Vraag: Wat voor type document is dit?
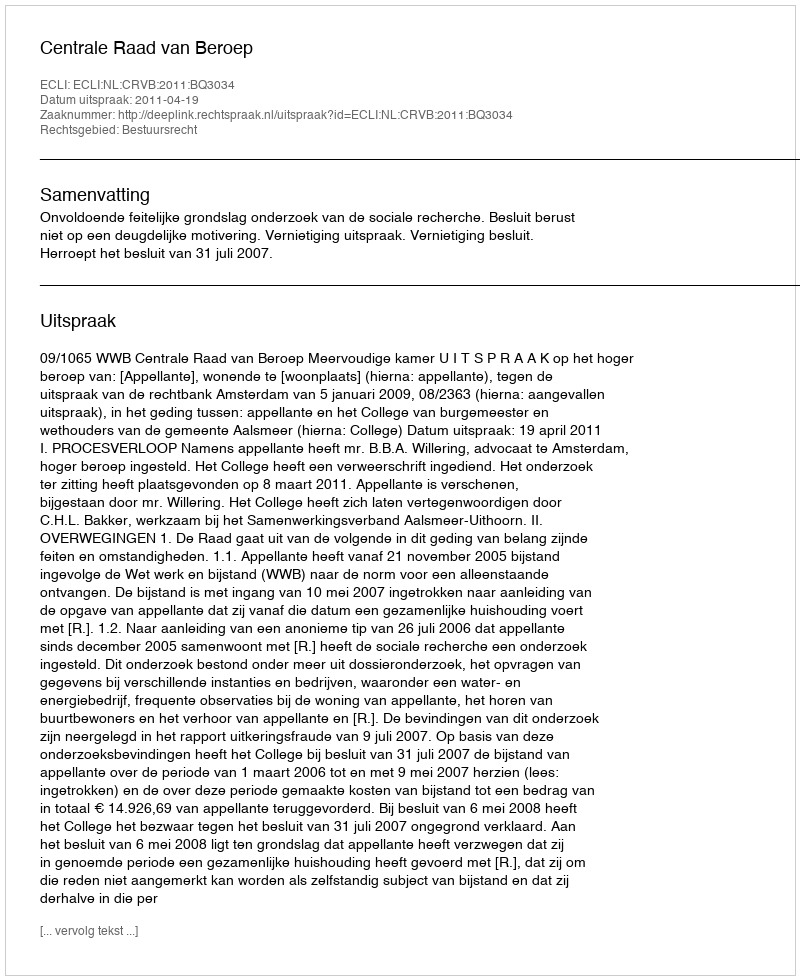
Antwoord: Uitspraak